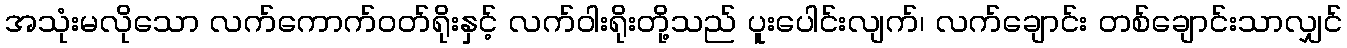
အသုံးမလိုသော လက်ကောက်ဝတ်ရိုးနှင့် လက်ဝါးရိုးတို့သည် ပူးပေါင်းလျက်၊ လက်ချောင်း တစ်ချောင်းသာလျှင်